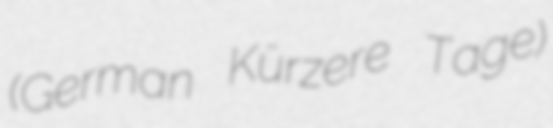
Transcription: (German Kürzere Tage)